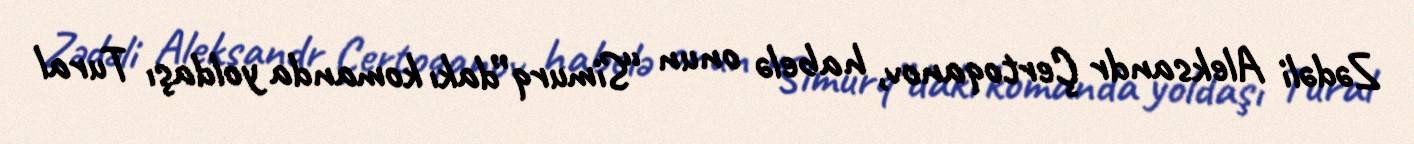
Zədəli Aleksandr Çertoqanov, habelə onun “Simurq”dakı komanda yoldaşı Tural